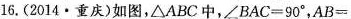
16.(2014·重庆)如图，△ABC中，$$∠ B A C = 9 0 °$$，$$A B =